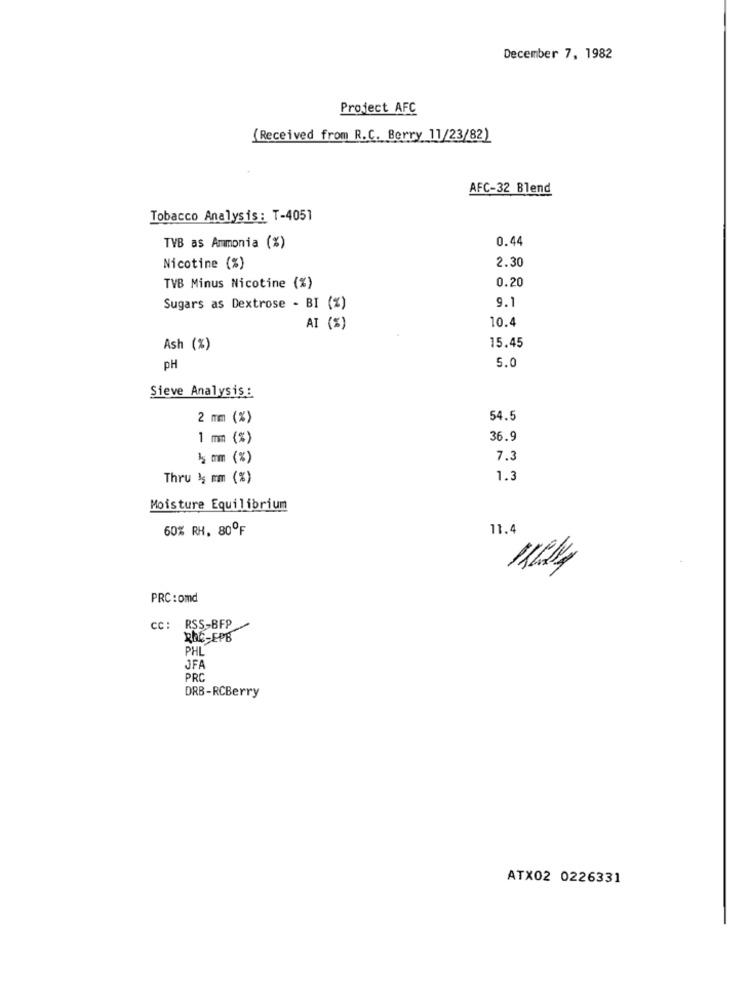
December 7, 1982
Project AFC
(Received from R.C. Berry 11/23/82)
AFC-32 Blend
Tobacco Analysis: T-4051
0.44
TVB as Ammonia (%)
2.30
Nicotine (%)
0.20
TVB Minus Nicotine (%)
9.1
Sugars as Dextrose - BI (%)
10.4
AI (%)
Ash (%)
15.45
5.0
PH
Sieve Analysis:
2 mm (%)
54.5
1 mm (%)
36.9
15 mm (%)
7.3
Thru 3; mm (%)
1.3
Moisture Equilibrium
60% RH. 80ºF
11.4
11214
PRC : omd
CC: RSS-BFP
REC-EPB
PHL
JFA
PRC
DRB-RCBerry
ATX02 0226331